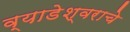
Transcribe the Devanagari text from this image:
व्याडेश्वराचे